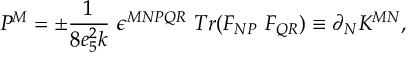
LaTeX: { \cal P } ^ { M } = \pm \frac { 1 } { 8 e _ { 5 } ^ { 2 } k } \ \epsilon ^ { M N P Q R } \ T r ( F _ { N P } \ F _ { Q R } ) \equiv \partial _ { N } K ^ { M N } ,